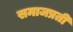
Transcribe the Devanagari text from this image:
समाजप्रती